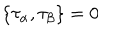
\{ \tau _ { \alpha } , \tau _ { \beta } \} = 0